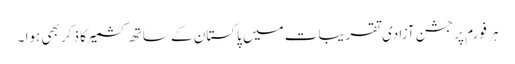
ہر فورم پر جشن آزادی تقریبات میں پاکستان کے ساتھ کشمیر کا ذکر بھی ہوا ۔